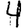
Digit: 4